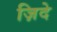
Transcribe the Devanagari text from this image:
ज़िदे